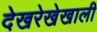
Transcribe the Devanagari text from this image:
देखरेखेखाली